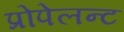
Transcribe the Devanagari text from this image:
प्रोपेलन्ट